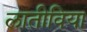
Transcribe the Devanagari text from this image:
लातीविया